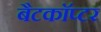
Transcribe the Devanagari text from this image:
बैटकाॅप्टर